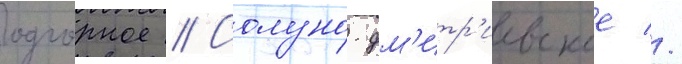
Подгорное // Солуно-дм'итр'иевское //